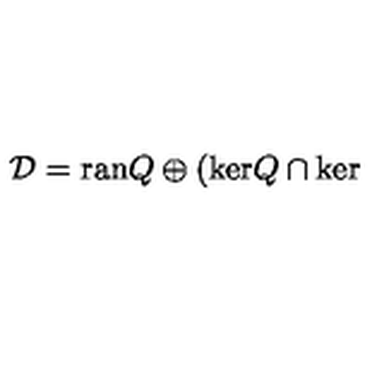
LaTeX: \mathcal { D } = \mathrm { r a n } Q \oplus ( \mathrm { k e r } Q \cap \mathrm { k e r }